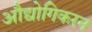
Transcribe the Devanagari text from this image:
औद्योगिकरन